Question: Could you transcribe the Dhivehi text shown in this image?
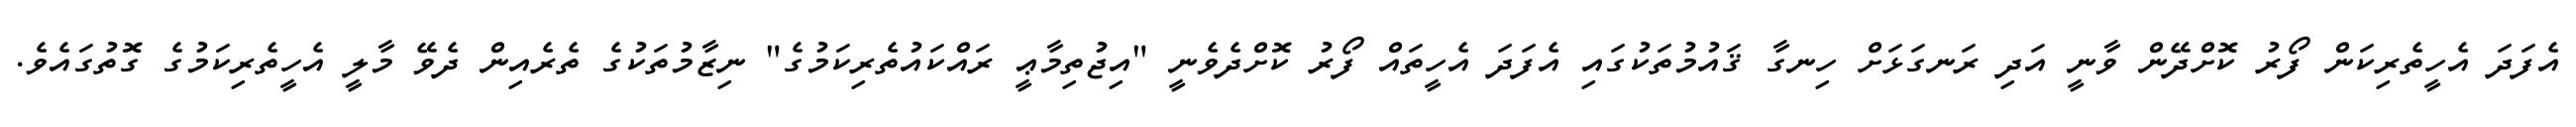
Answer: އެފަދަ އެހީތެރިކަން ފޯރު ކޮށްދޭން ވާނީ އަދި ރަނގަޅަށް ހިނގާ ޤައުމުތަކުގައި އެފަދަ އެހީތައް ފޯރު ކޮށްދެވެނީ "އިޖުތިމާޢީ ރައްކައުތެރިކަމުގެ" ނިޒާމުތަކުގެ ތެރެއިން ދެވޭ މާލީ އެހީތެރިކަމުގެ ގޮތުގައެވެ.